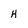
Character: H